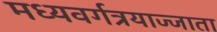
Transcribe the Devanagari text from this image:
मध्यवर्गत्रयाज्जाता